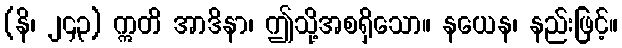
(နိ၊ ၂၄၃) ဣတိ အာဒိနာ၊ ဤသို့အစရှိသော။ နယေန၊ နည်းဖြင့်။